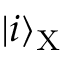
| i \rangle _ { \mathrm { X } }